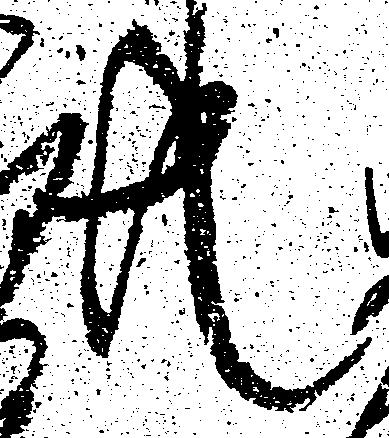
共